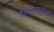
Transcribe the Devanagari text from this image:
शवसाधक